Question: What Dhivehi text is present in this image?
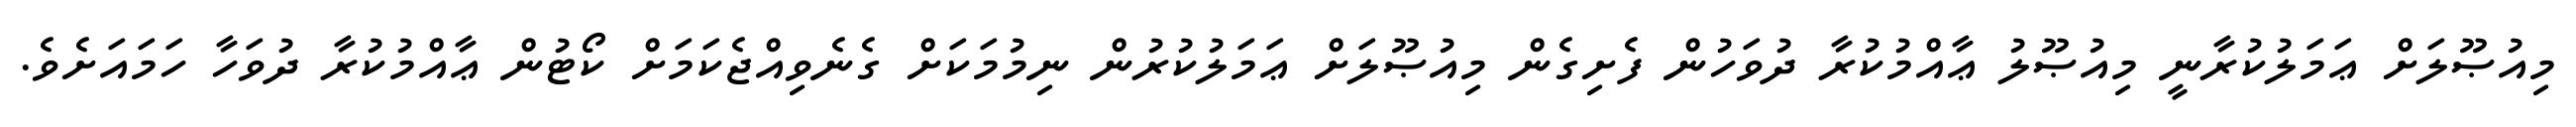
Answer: މިއުޞޫލަށް ޢަމަލުކުރާނީ މިއުޞޫލު ޢާއްމުކުރާ ދުވަހުން ފެށިގެން މިއުޞޫލަށް ޢަމަލުކުރުން ނިމުމަކަށް ގެނެވިއްޖެކަމަށް ކޯޓުން ޢާއްމުކުރާ ދުވަހާ ހަމައަށެވެ.